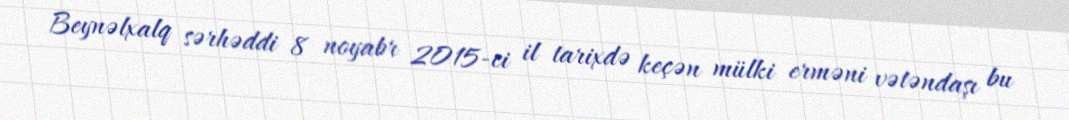
Beynəlxalq sərhəddi 8 noyabr 2015-ci il tarixdə keçən mülki erməni vətəndaşı bu